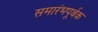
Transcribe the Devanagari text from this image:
समारंभपूर्बक